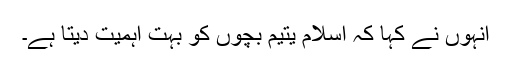
انہوں نے کہا کہ اسلام یتیم بچوں کو بہت اہمیت دیتا ہے۔